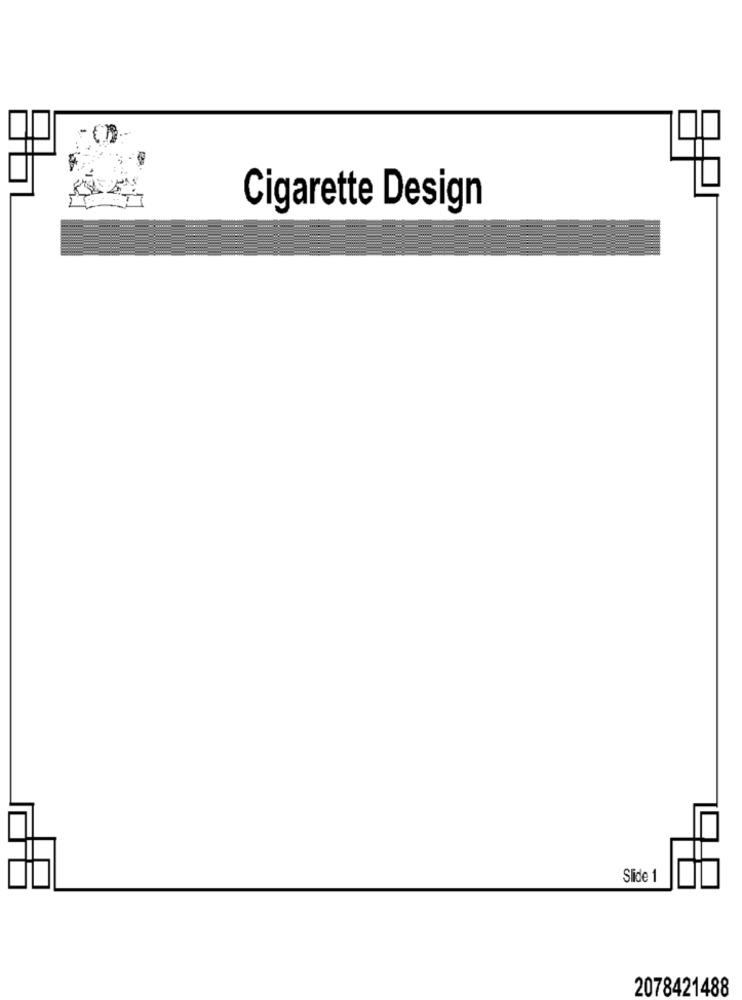
Cigarette Design
Slide 1
2078421488